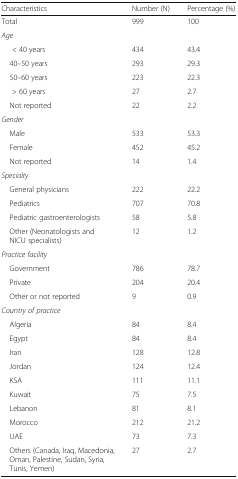
<table><thead><tr><td><b>Characteristics</b></td><td><b>Number (N)</b></td><td><b>Percentage (%)</b></td></tr></thead><tbody><tr><td>Total</td><td>999</td><td>100</td></tr><tr><td colspan="3"><i>Age</i></td></tr><tr><td>&lt; 40 years</td><td>434</td><td>43.4</td></tr><tr><td> 40–50 years</td><td>293</td><td>29.3</td></tr><tr><td> 50–60 years</td><td>223</td><td>22.3</td></tr><tr><td>&gt; 60 years</td><td>27</td><td>2.7</td></tr><tr><td> Not reported</td><td>22</td><td>2.2</td></tr><tr><td colspan="3"><i>Gender</i></td></tr><tr><td> Male</td><td>533</td><td>53.3</td></tr><tr><td> Female</td><td>452</td><td>45.2</td></tr><tr><td> Not reported</td><td>14</td><td>1.4</td></tr><tr><td colspan="3"><i>Specialty</i></td></tr><tr><td> General physicians</td><td>222</td><td>22.2</td></tr><tr><td> Pediatrics</td><td>707</td><td>70.8</td></tr><tr><td> Pediatric gastroenterologists</td><td>58</td><td>5.8</td></tr><tr><td> Other (Neonatologists and NICU specialists)</td><td>12</td><td>1.2</td></tr><tr><td colspan="3"><i>Practice facility</i></td></tr><tr><td> Government</td><td>786</td><td>78.7</td></tr><tr><td> Private</td><td>204</td><td>20.4</td></tr><tr><td> Other or not reported</td><td>9</td><td>0.9</td></tr><tr><td colspan="3"><i>Country of practice</i></td></tr><tr><td> Algeria</td><td>84</td><td>8.4</td></tr><tr><td> Egypt</td><td>84</td><td>8.4</td></tr><tr><td> Iran</td><td>128</td><td>12.8</td></tr><tr><td> Jordan</td><td>124</td><td>12.4</td></tr><tr><td> KSA</td><td>111</td><td>11.1</td></tr><tr><td> Kuwait</td><td>75</td><td>7.5</td></tr><tr><td> Lebanon</td><td>81</td><td>8.1</td></tr><tr><td> Morocco</td><td>212</td><td>21.2</td></tr><tr><td> UAE</td><td>73</td><td>7.3</td></tr><tr><td> Others (Canada, Iraq, Macedonia, Oman, Palestine, Sudan, Syria, Tunis, Yemen)</td><td>27</td><td>2.7</td></tr></tbody></table>